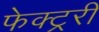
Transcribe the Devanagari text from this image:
फेक्ट्ररी